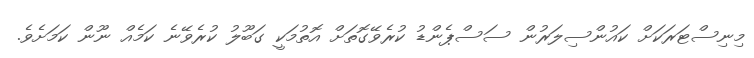
މިނިސްޓަރަކަށް ކައުންސިލަރުން ސަސްޕެންޑު ކުރެވޭގޮތަށް އޮތުމަކީ ގަބޫލު ކުރެވޭނެ ކަމެއް ނޫން ކަމަށެވެ.